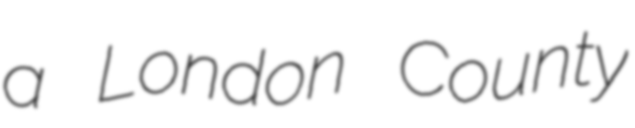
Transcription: a London County